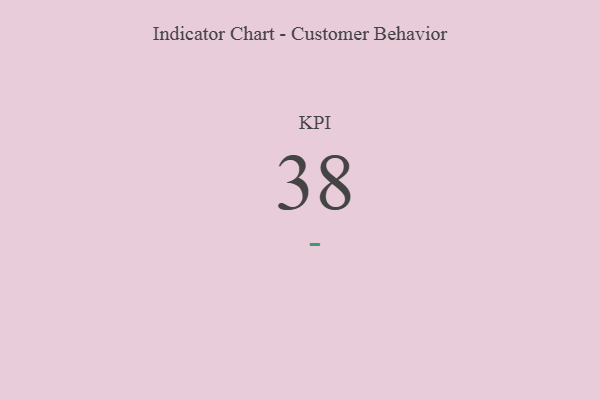
{"axis": {"x": "KPI", "y": "Value"}, "legend": [""], "data": [{"x": "KPI", "y": 38, "type": ""}]}